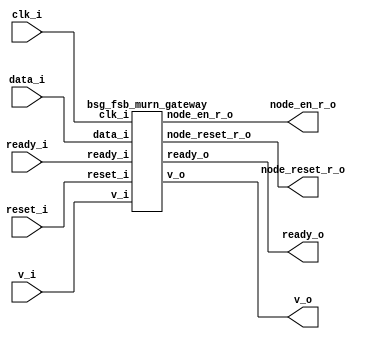


module top
(
  clk_i,
  reset_i,
  v_i,
  data_i,
  ready_o,
  v_o,
  ready_i,
  node_en_r_o,
  node_reset_r_o
);

  input [15:0] data_i;
  input clk_i;
  input reset_i;
  input v_i;
  input ready_i;
  output ready_o;
  output v_o;
  output node_en_r_o;
  output node_reset_r_o;

  bsg_fsb_murn_gateway
  wrapper
  (
    .data_i(data_i),
    .clk_i(clk_i),
    .reset_i(reset_i),
    .v_i(v_i),
    .ready_i(ready_i),
    .ready_o(ready_o),
    .v_o(v_o),
    .node_en_r_o(node_en_r_o),
    .node_reset_r_o(node_reset_r_o)
  );


endmodule



module bsg_fsb_murn_gateway
(
  clk_i,
  reset_i,
  v_i,
  data_i,
  ready_o,
  v_o,
  ready_i,
  node_en_r_o,
  node_reset_r_o
);

  input [15:0] data_i;
  input clk_i;
  input reset_i;
  input v_i;
  input ready_i;
  output ready_o;
  output v_o;
  output node_en_r_o;
  output node_reset_r_o;
  wire ready_o,v_o,node_en_r_o,node_reset_r_o,N0,N1,N2,N3,\genblk1.for_this_node ,
  \genblk1.for_switch ,N4,N5,N6,N7,N8,N9,N10,N11,N12,N13,N14,N15,N16,N17,N18,N19,N20,
  N21,N22,N23,N24,N25,N26,N27,N28,N29,N30,N31,N32,N33,N34,N35,N36,N37,N38,N39,N40,
  N41,N42,N43,N44,N45,N46,N47,N48,N49;
  reg node_en_r_o_sv2v_reg,node_reset_r_o_sv2v_reg;
  assign node_en_r_o = node_en_r_o_sv2v_reg;
  assign node_reset_r_o = node_reset_r_o_sv2v_reg;
  assign N4 = data_i[11] | N18;
  assign N5 = N4 | data_i[9];
  assign N6 = N22 | N5;
  assign N8 = data_i[11] | data_i[10];
  assign N9 = N8 | N12;
  assign N10 = N22 | N9;
  assign N13 = N17 | data_i[10];
  assign N14 = N13 | N12;
  assign N15 = N22 | N14;
  assign N19 = data_i[15] | data_i[14];
  assign N20 = data_i[13] | data_i[12];
  assign N21 = N17 | N18;
  assign N22 = N19 | N20;
  assign N23 = N21 | data_i[9];
  assign N24 = N22 | N23;
  assign N30 = (N0)? 1'b1 : 
               (N1)? 1'b0 : 
               (N29)? node_en_r_o : 1'b0;
  assign N0 = N7;
  assign N1 = N11;
  assign N31 = (N2)? 1'b1 : 
               (N3)? 1'b0 : 
               (N29)? node_reset_r_o : 1'b0;
  assign N2 = N16;
  assign N3 = N25;
  assign \genblk1.for_this_node  = v_i & 1'b0;
  assign \genblk1.for_switch  = N42 & 1'b0;
  assign N42 = v_i & 1'b0;
  assign v_o = N43 & N44;
  assign N43 = node_en_r_o & \genblk1.for_this_node ;
  assign N44 = ~\genblk1.for_switch ;
  assign ready_o = v_i & N49;
  assign N49 = N47 | N48;
  assign N47 = N46 | \genblk1.for_switch ;
  assign N46 = N45 | ready_i;
  assign N45 = ~node_en_r_o;
  assign N48 = ~\genblk1.for_this_node ;
  assign N7 = ~N6;
  assign N11 = ~N10;
  assign N12 = ~data_i[9];
  assign N16 = ~N15;
  assign N17 = ~data_i[11];
  assign N18 = ~data_i[10];
  assign N25 = ~N24;
  assign N26 = N11 | N7;
  assign N27 = N16 | N26;
  assign N28 = N25 | N27;
  assign N29 = ~N28;
  assign N32 = N16 & \genblk1.for_switch ;
  assign N33 = N25 & \genblk1.for_switch ;
  assign N34 = N32 | N33;
  assign N35 = N34 | N44;
  assign N36 = ~N35;
  assign N37 = N7 & \genblk1.for_switch ;
  assign N38 = N11 & \genblk1.for_switch ;
  assign N39 = N37 | N38;
  assign N40 = N39 | N44;
  assign N41 = ~N40;

  always @(posedge clk_i) begin
    if(reset_i) begin
      node_en_r_o_sv2v_reg <= 1'b0;
    end else if(N36) begin
      node_en_r_o_sv2v_reg <= N30;
    end 
    if(reset_i) begin
      node_reset_r_o_sv2v_reg <= 1'b1;
    end else if(N41) begin
      node_reset_r_o_sv2v_reg <= N31;
    end 
  end


endmodule